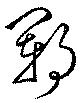
鄆